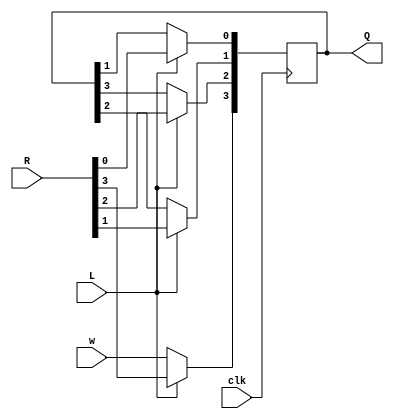
module shift4(
  R, L, w, clk, Q
);
input [3:0] R;
input L, w, clk;
output reg [3:0] Q;
always @(posedge clk) begin
  if(L)
    Q <= R;
  else
  begin
    Q[0] <= Q[1];
    Q[1] <= Q[2];
    Q[2] <= Q[3];
    Q[3] <= w;
  end
end

endmodule